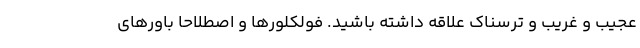
عجیب و غریب و ترسناک علاقه داشته باشید. فولکلور‌ها و اصطلاحا باور‌های